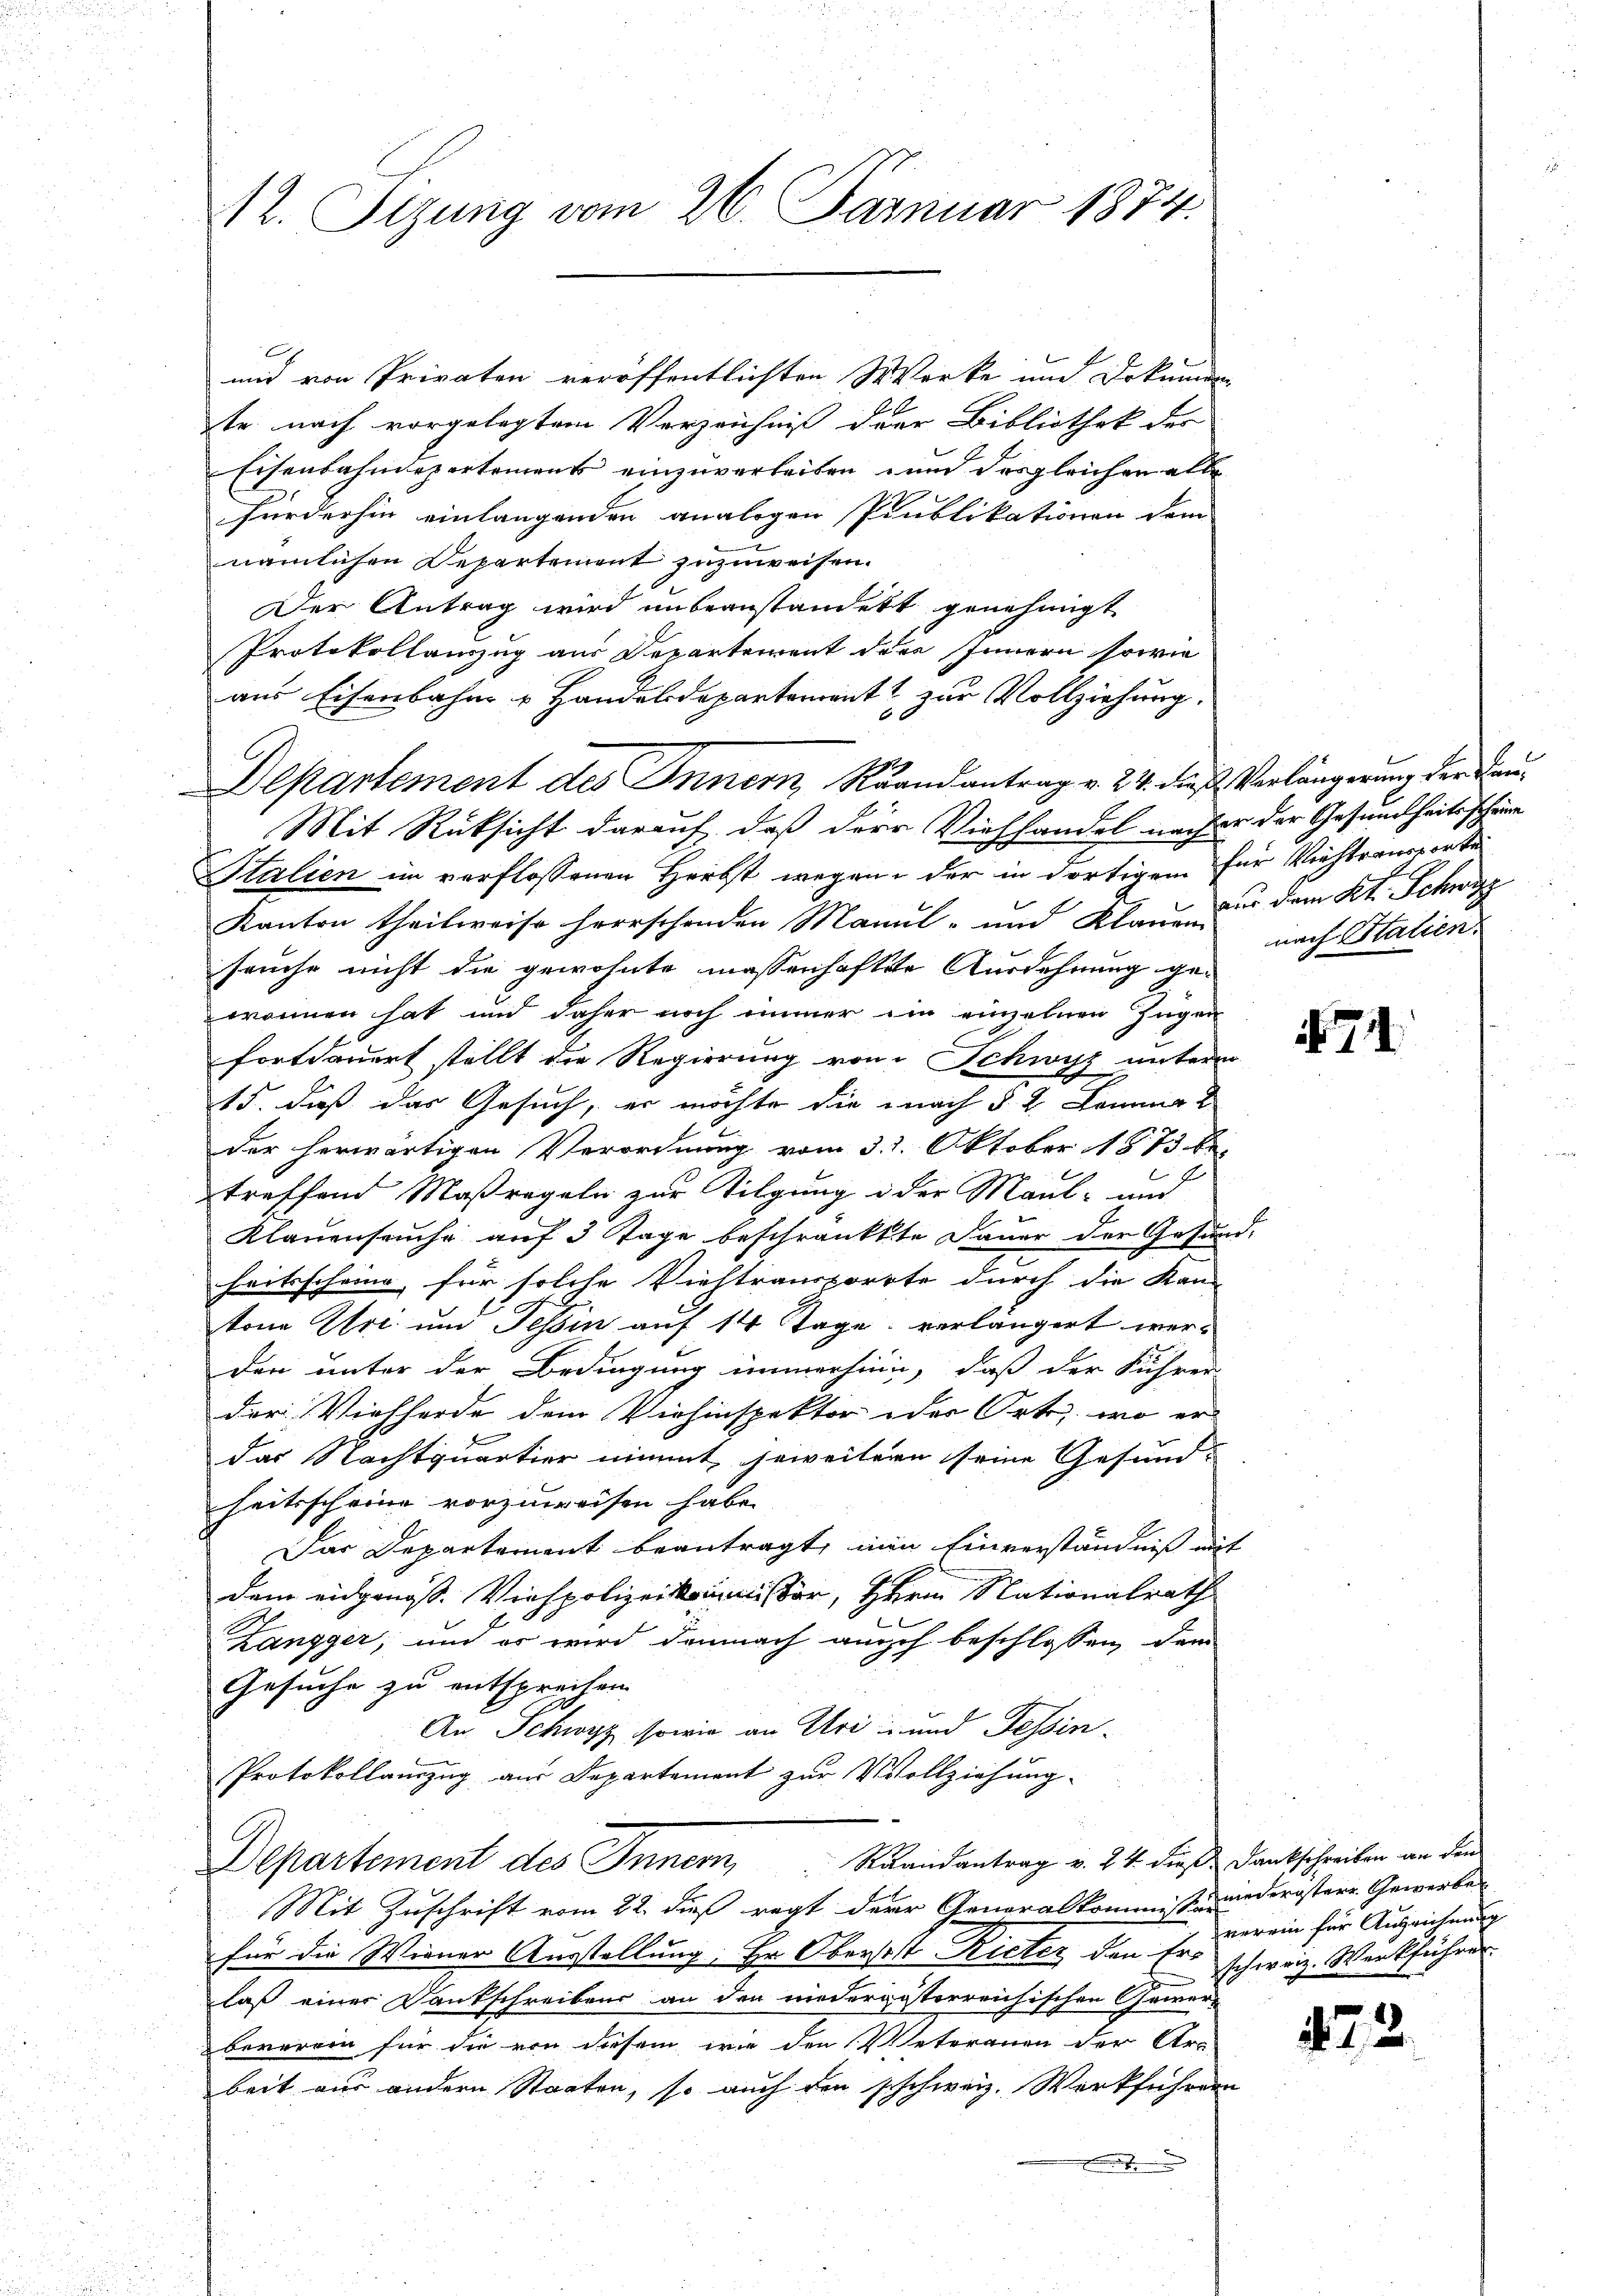
12. Sizung vom 26. Januar 1874.

A
mit von Privaten veröffentlichten Werke und Dokumen
te nach vorgelegtem Verzeichniß der Bibliothek der
Eisenbahndepertement einzuverleiben und des gleichen alle
fürderhin einlangenden analogen Publikationen dem
nämlichen Departement zuzuweisen.
Der Antrag wird unbeanstandett genehmigt
Protokollauszug aus Departement der Innern sowie
aus Eisenbahn u Handelsdepartement zur Vollziehung.
Departement des Innern, Brandantrag v. 24. die Verlängerung der Frau¬
Mit Rüksicht darauf, daß der Viehhandel nach er der Gesundheits scheine
Stalien im verflossenen Herbst wegen der in dortigen für Viehtransportei
Kanton theilweise herrschenden Manul- und Klauen dem Kt. Schwyz
seuche nicht die gewohnte massenhaftete Ausdehnung ge¬
2
wonnen hat und daher noch immer im einzelnen Zugen
fortdauert stellt die Regierung von Schwyz unterm
15. daß das Gesuch, er möchte die nach § 2. Kommt
der herwärtigen Verordnung vom 31. Oktober 1873 be
treffend Maßregeln zur Tilgung in der Maul- und
Klauenseuche auf 3 Tage beschränkte Dauer der Gesund-
heitsscheine, für solche Viehtransporrte durch die Kantone Art. und Tessin auf 14 Tage verlängert werden unter der Bedingung immerhin, daß der Führer
der Viehherde dem Viehinspektor oder Orte, wo er
B
das Nachtquartier nimmt, jeweiteren seine Gesund-
seitsscheine vorzuweisen habe.
Das Departement beantragt, nun Einverständniß mit
dem eidgenoss. Viehpolizeikommissor, Herrn Nationalrath
E
Zangger, und es wird demnach auch beschlossen, dem
Gesuche zu entsprechen.
An. Schwyz, sowie an Uri in und Tessin-
Protokollauszug aus Departement zur Vollziehung
Departement des Inner Mandantrag v. 24. dieß Dankschreiben an den
Mit Zuschrift vom 22. dieß regt der Generalkommiss wiederöstere Gewerbes
für die Wiener Ausstellung. Hr. Oberst Rieter den Erlaß einer Dankschreibens an den niedergesterreichischen Gewer
beverein für die von diesem wie den Veterauen der Arz
beit aus andern Staaten, so auch den schweiz. Werkführern

nach Stalien.

7.

verein für Auszeichnung
schweiz. Werkführer

475